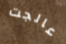
عالجت